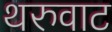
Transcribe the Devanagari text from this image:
थरुवाट